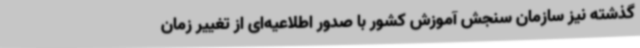
گذشته نیز سازمان سنجش آموزش کشور با صدور اطلاعیه‌ای از تغییر زمان